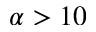
\alpha > 1 0